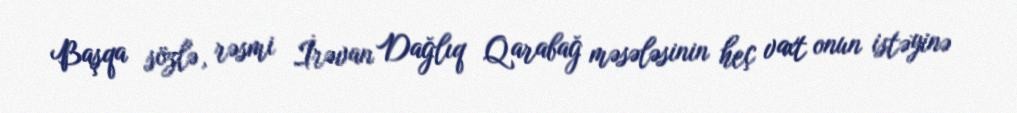
Başqa sözlə, rəsmi İrəvan Dağlıq Qarabağ məsələsinin heç vaxt onun istəyinə